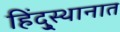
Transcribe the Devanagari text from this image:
हिंदु्स्थानात